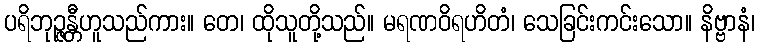
ပရိဘုဉ္ဇန္တီဟူသည်ကား။ တေ၊ ထိုသူတို့သည်။ မရဏဝိရဟိတံ၊ သေခြင်းကင်းသော။ နိဗ္ဗာနံ၊